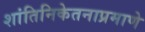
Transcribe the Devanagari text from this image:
शांतिनिकेतनाप्रमाणे